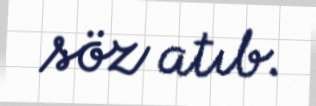
söz atıb.